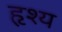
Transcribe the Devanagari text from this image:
हृश्य